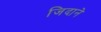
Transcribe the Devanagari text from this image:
जिदाने